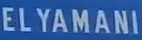
ELYAMANI